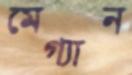
মেগ্যান